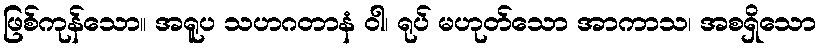
ဖြစ်ကုန်သော။ အရူပ သဟဂတာနံ ဝါ၊ ရုပ် မဟုတ်သော အာကာသ၊ အစရှိသော